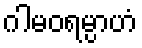
ဂါမဝရမ္ပာဟံ